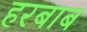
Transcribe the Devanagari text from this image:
हरबाब